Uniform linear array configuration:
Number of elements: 24
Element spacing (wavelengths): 0.5
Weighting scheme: exponential
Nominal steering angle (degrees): -15
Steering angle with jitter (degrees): -13.219
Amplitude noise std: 0.05
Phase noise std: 0.05

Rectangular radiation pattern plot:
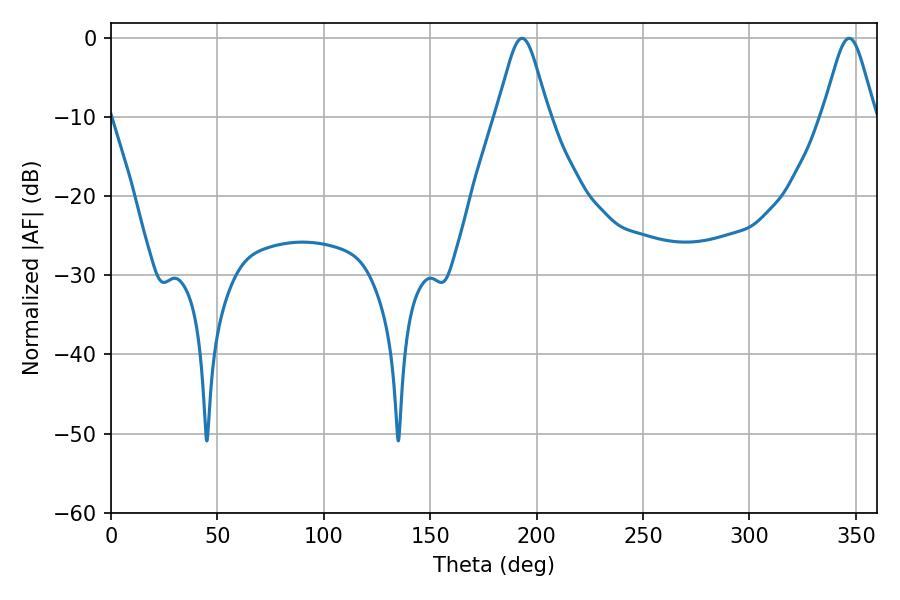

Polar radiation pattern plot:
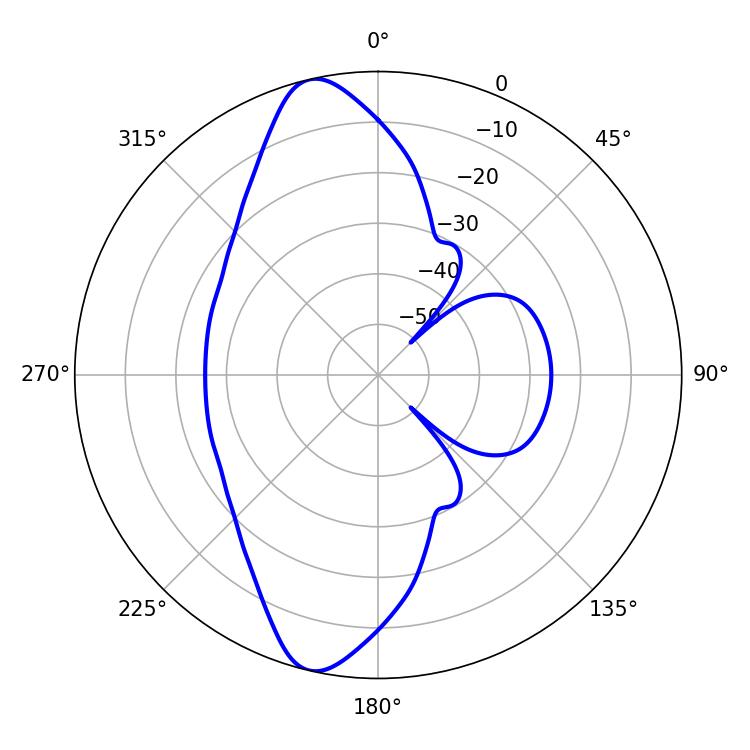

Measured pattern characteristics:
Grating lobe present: FALSE
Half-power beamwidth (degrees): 11.88
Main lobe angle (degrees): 193.14